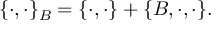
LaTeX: \{ \cdot , \cdot \} _ { B } = \{ \cdot , \cdot \} + \{ B , \cdot , \cdot \} .